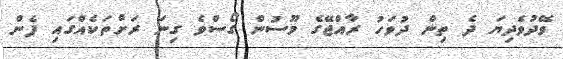
ވޭދުވެދިޔަ ދެ ތިން ދުވަހު ރާއްޖޭގެ މޫސުން ގޯސްވެ ގިނަ ރަށްތަކެއްގައި ފެން